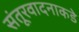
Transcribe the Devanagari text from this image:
संतूरवादनाकडे